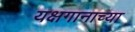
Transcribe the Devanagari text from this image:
यक्षगानाच्या